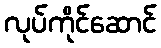
လုပ်ကိုင်ဆောင်